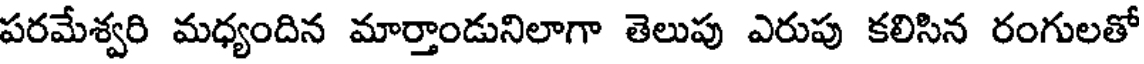
పరమేశ్వరి మధ్యందిన మార్తాండునిలాగా తెలుపు ఎరుపు కలిసిన రంగులతో